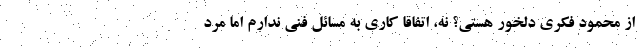
از محمود فکری دلخور هستی؟ نه، اتفاقا کاری به مسائل فنی ندارم اما مرد